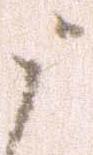
う